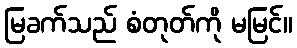
မြခက်သည် စံတုတ်ကို မမြင်။